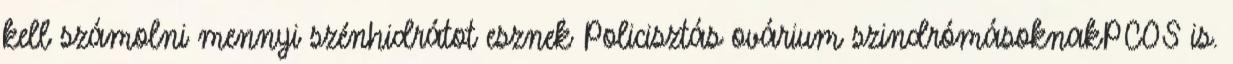
kell számolni mennyi szénhidrátot esznek Policisztás ovárium szindrómásoknakPCOS is.